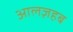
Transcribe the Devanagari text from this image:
आलज़हब